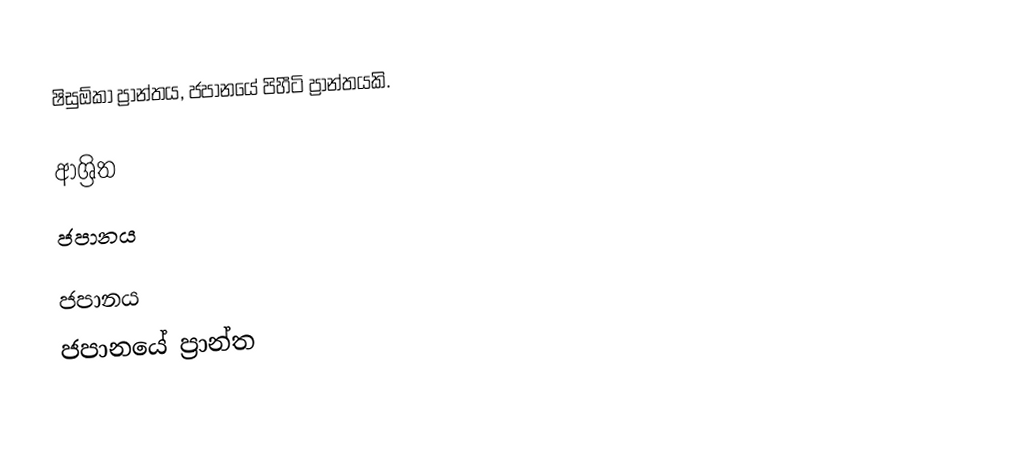
ෂිසුඕකා ප්‍රාන්තය, ජපානයේ පිහීටි ප්‍රාන්තයකි.

ආශ්‍රිත
 ජපානය

ජපානය
ජපානයේ ප්‍රාන්ත